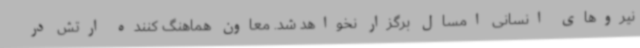
نیروهای انسانی امسال برگزار نخواهد شد. معاون هماهنگ کننده ارتش در